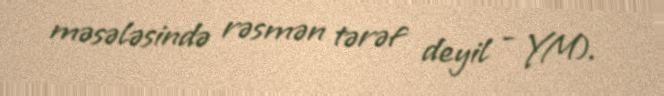
məsələsində rəsmən tərəf deyil - YM).